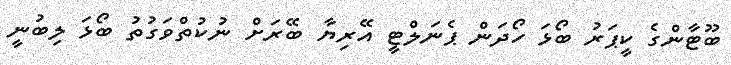
ބޫޓާންގެ ކީޕަރު ބޯޅަ ހޯދަން ޕެނަލްޓީ އޭރިޔާ ބޭރަށް ނުކުތްވަގުތު ބޯޅަ ލިބުނީ